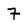
Character: 7